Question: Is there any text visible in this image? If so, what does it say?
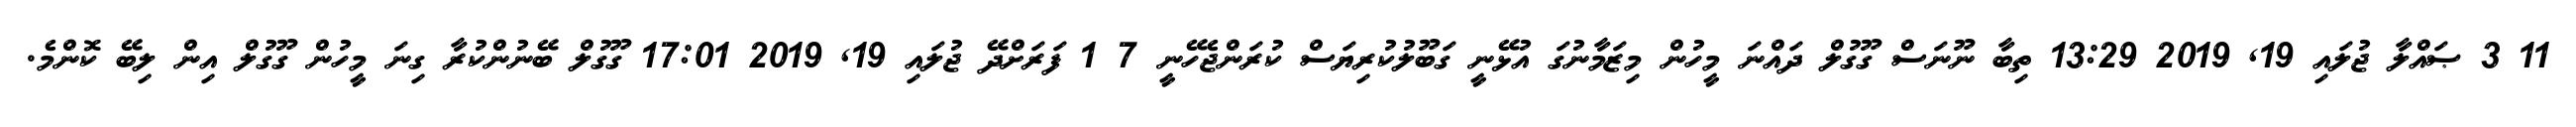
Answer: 11 3 ޞައްލާ ޖުލައި 19, 2019 13:29 ތިބާ ނޫނަސް ގޫގުލް ދައްނަ މީހުން މިޒަމާނުގަ އުޅޭނީ ގަބޫލުކުރިޔަސް ކުރަންޖެހޭނީ 7 1 ފަރަށްދޭ ޖުލައި 19, 2019 17:01 ގޫގުލް ބޭނުންކުރާ ގިނަ މީހުން ގޫގުލް އިން ލިބޭ ކޮންމެ.